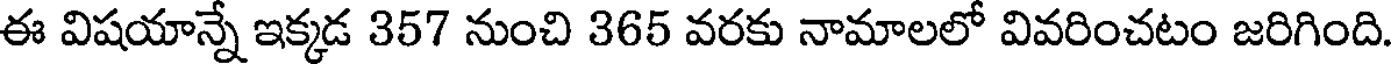
ఈ విషయాన్నే ఇక్కడ 357 నుంచి 365 వరకు నామాలలో వివరించటం జరిగింది